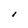
Character: I